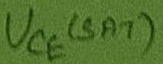
Text: UCE(SAT)